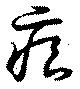
痕